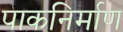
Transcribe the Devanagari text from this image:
पाकनिर्माण